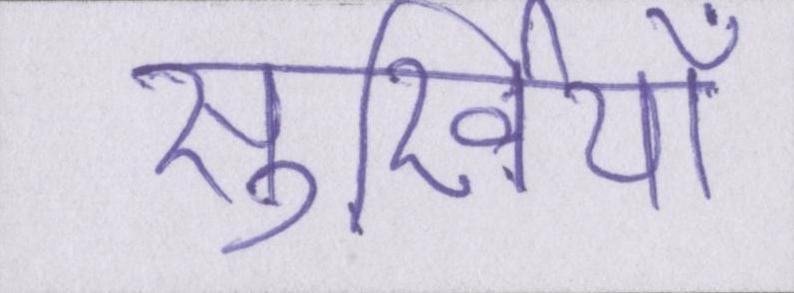
सुर्खियाँ